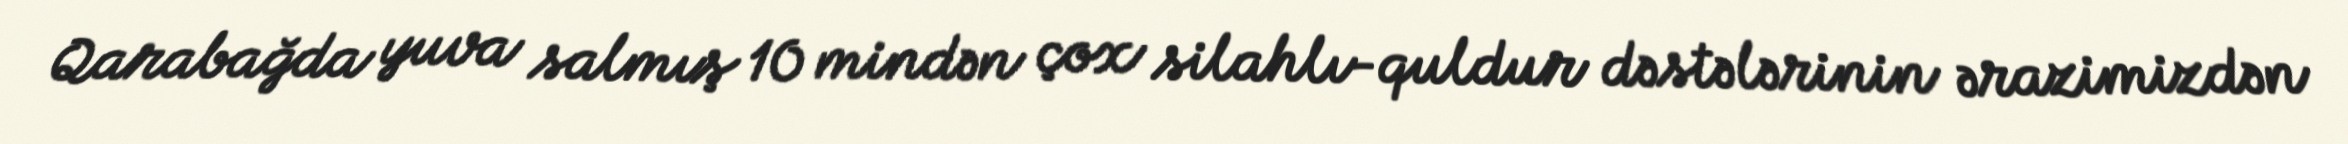
Qarabağda yuva salmış 10 mindən çox silahlı-quldur dəstələrinin ərazimizdən